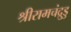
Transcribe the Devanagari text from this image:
श्रीरामचंद्रुडु